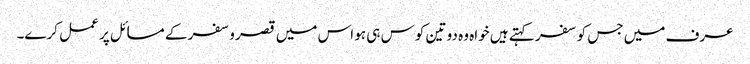
عرف میں جس کو سفر کہتے ہیں خواہ وہ دو تین کوس ہی ہو اس میں قصر وسفر کے مسائل پر عمل کرے۔